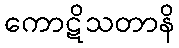
ကောဋိသတာနိ